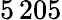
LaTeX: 5{\, }205